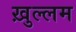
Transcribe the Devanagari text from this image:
ख़ुल्लम